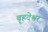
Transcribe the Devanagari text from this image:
बॄहदेश्वर